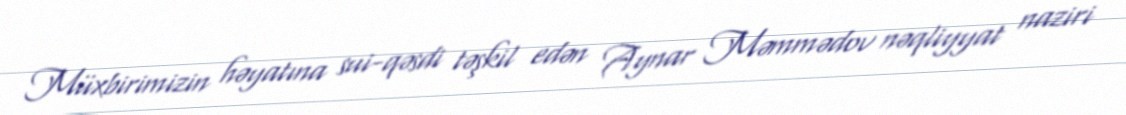
Müxbirimizin həyatına sui-qəsdi təşkil edən Aynar Məmmədov nəqliyyat naziri